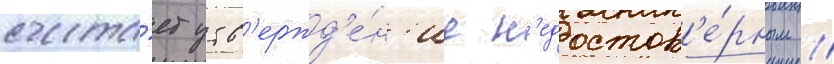
счита́ет утв'ержд'е́н'ие н'едостов'е́рным //